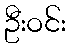
ဦးဝင်း